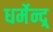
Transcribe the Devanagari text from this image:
धर्मेन्द्र्